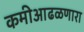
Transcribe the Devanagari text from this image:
कमीआढळणारा